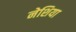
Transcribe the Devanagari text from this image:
नेशिया